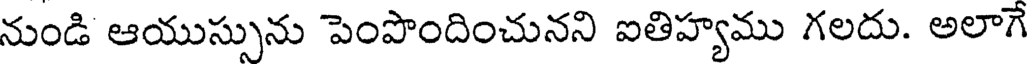
నుండి ఆయుస్సును పెంపొందించునని ఐతిహ్యము గలదు. అలాగే